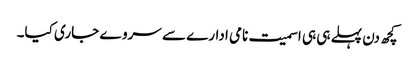
کچھ دن پہلے ہی ہی اسمیت نامی ادارے سے سروے جاری کیا۔